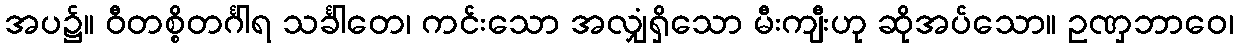
အပ၌။ ဝီတစ္စိတင်္ဂါရ သင်္ခါတေ၊ ကင်းသော အလျှံရှိသော မီးကျီးဟု ဆိုအပ်သော။ ဥဏှဘာဝေ၊